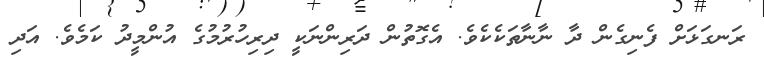
ރަނގަޅަށް ފެނިގެން ދާ ނާނާތަކެކެވެ. އެގޮތުން ދަރިންނަކީ ދިރިހުރުމުގެ އުންމީދު ކަމެވެ. އަދި